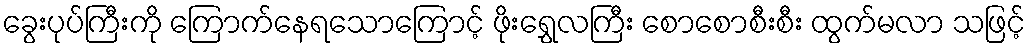
ခွေးပုပ်ကြီးကို ကြောက်နေရသောကြောင့် ဖိုးရွှေလကြီး စောစောစီးစီး ထွက်မလာ သဖြင့်